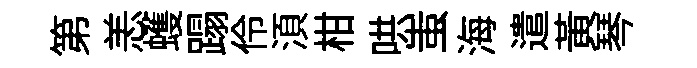
第恙蠖蹋伶湏柑哄蚩海遣黃琴